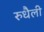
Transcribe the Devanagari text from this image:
रुधैली